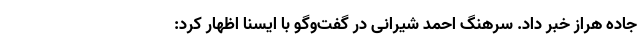
جاده هراز خبر داد. سرهنگ احمد شیرانی در گفت‌وگو با ایسنا اظهار کرد: